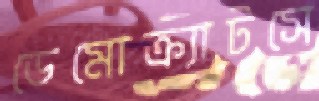
ডেমোক্র্যাটসে